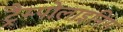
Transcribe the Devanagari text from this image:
ट्रैम्पोलाइनिंग